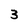
Character: 3